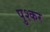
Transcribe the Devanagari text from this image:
पुश्कर